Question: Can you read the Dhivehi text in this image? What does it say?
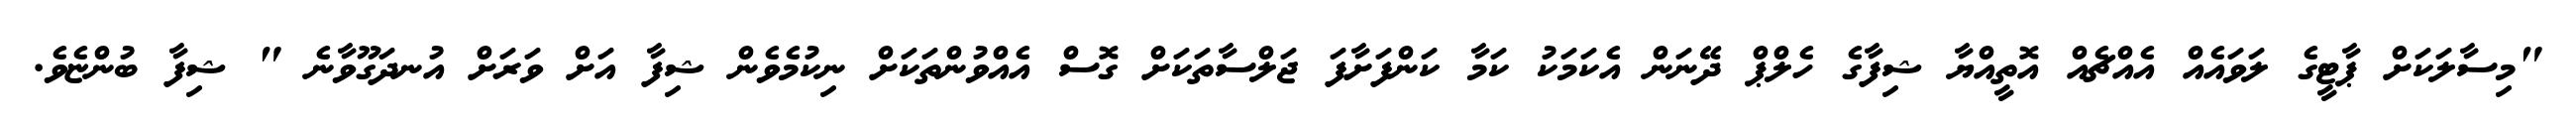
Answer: "މިސާލަކަށް ޕާޓީގެ ލަވައެއް އެއްޗެއް އޮތީއްޔާ ޝިފާގެ ހެލްޕް ދޭނަން އެކަމަކު ކަމާ ކަންފަށާފަ ޖަލްސާތަކަށް ގޮސް އެއްވުންތަކަށް ނިކުމެވެން ޝިފާ އަށް ވަރަށް އުނދަގޫވާނެ " ޝިފާ ބުންޏެވެ.